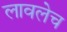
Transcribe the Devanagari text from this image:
लावलेच